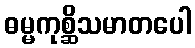
ဓမ္မကုစ္ဆိသမာတပေါ